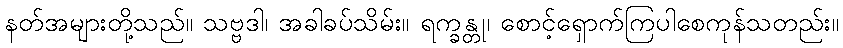
နတ်အများတို့သည်။ သဗ္ဗဒါ၊ အခါခပ်သိမ်း။ ရက္ခန္တု၊ စောင့်ရှောက်ကြပါစေကုန်သတည်း။